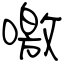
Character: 噭